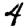
Digit: 4